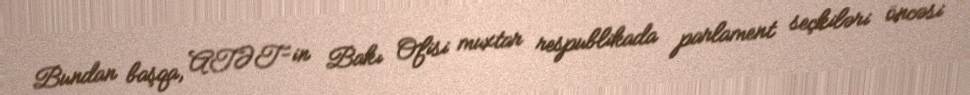
Bundan başqa, ATƏT-in Bakı Ofisi muxtar respublikada parlament seçkiləri öncəsi